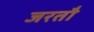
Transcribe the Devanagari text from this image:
जरतौ